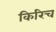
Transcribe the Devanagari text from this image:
किरिच